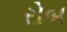
રોબ